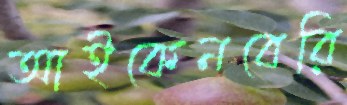
আইকেনবেরি